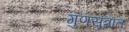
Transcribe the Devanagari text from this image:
गुणसूत्रात